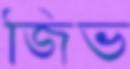
জিভ